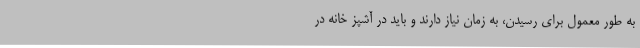
به طور معمول برای رسیدن، به زمان نیاز دارند و باید در آشپز خانه در